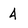
Character: 4